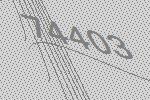
74403